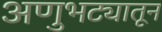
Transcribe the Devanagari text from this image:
अणुभट्यातून